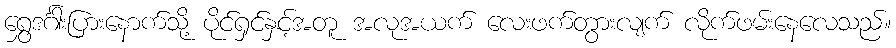
ရွှေဒင်္ဂါးပြားနောက်သို့ ပိုင်ရှင်နှင့်အတူ အလုအယက် လေးဖက်တွားလျက် လိုက်ဖမ်းနေလေသည်။